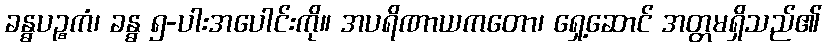
ခန္ဓပဉ္စကံ၊ ခန္ဓ ၅-ပါးအပေါင်းကို။ အပရိဏာယကတော၊ ရှေ့ဆောင် အတ္တမရှိသည်၏